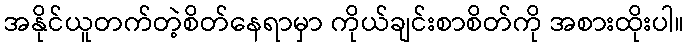
အနိုင်ယူတက်တဲ့စိတ်နေရာမှာ ကိုယ်ချင်းစာစိတ်ကို အစားထိုးပါ။